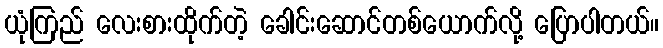
ယုံကြည် လေးစားထိုက်တဲ့ ခေါင်းဆောင်တစ်ယောက်လို့ ပြောပါတယ်။